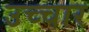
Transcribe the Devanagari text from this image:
उच्‍चार